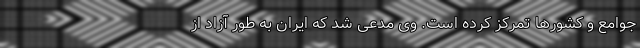
جوامع و کشورها تمرکز کرده است. وی مدعی شد که ایران به طور آزاد از